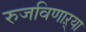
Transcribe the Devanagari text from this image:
रुजविणाऱ्या